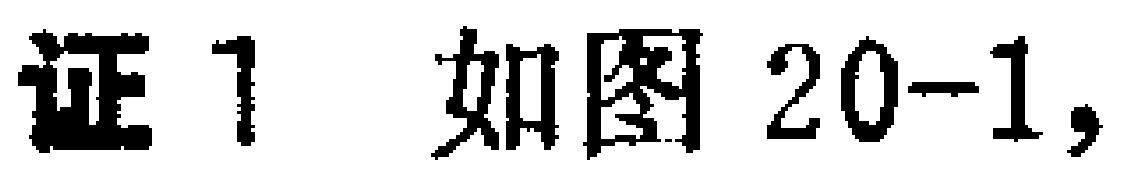
证1 如图20-1,